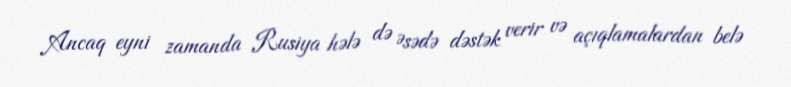
Ancaq eyni zamanda Rusiya hələ də Əsədə dəstək verir və açıqlamalardan belə